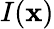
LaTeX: I(\mathbf{x})